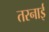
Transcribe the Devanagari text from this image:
तरनाई